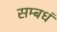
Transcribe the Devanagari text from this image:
सम्बधं